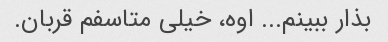
بذار ببینم... اوه، خیلی متاسفم قربان.